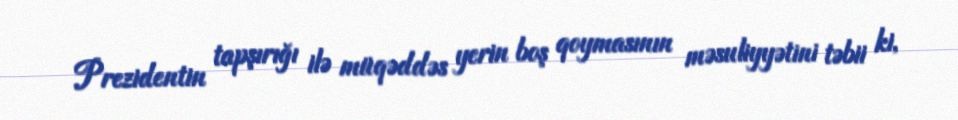
Prezidentin tapşırığı ilə müqəddəs yerin boş qoymasının məsuliyyətini təbii ki,